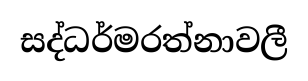
සද්ධර්මරත්නාවලී